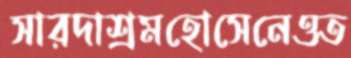
সারদাশ্রমহোসেনেওত